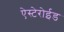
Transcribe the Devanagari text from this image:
ऐस्टेरोईड